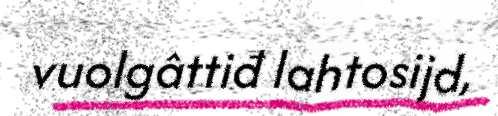
vuolgâttiđ lahtosijd,